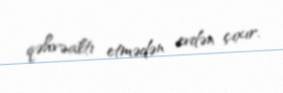
qəhvəaltı etmədən evdən çıxır.